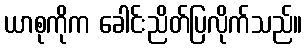
ယာစုကိုက ခေါင်းညိတ်ပြလိုက်သည်။